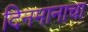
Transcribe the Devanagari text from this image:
दिनमानाचा